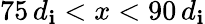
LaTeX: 75\, d_{\mathbf{i}}<x<90\, d_{\mathbf{i}}